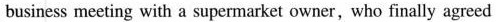
business meeting with a supermarket owner, who finally agreed